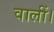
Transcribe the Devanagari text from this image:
वालीं।